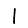
Digit: 1